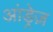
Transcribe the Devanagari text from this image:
आंड्रेज़